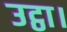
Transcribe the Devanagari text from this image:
उट्ठा।